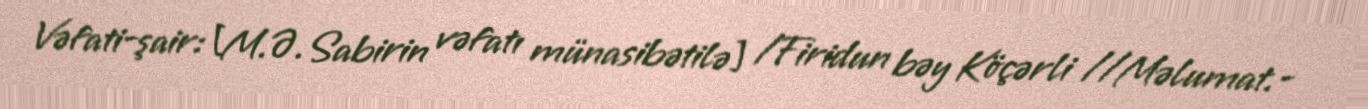
Vəfati-şair: [M.Ə.Sabirin vəfatı münasibətilə] /Firidun bəy Köçərli //Məlumat.-